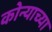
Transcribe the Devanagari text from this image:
कोन्याच्या